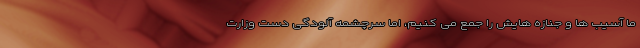
ما آسیب ها و جنازه هایش را جمع می کنیم، اما سرچشمه آلودگی دست وزارت